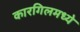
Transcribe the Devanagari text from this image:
कारगिलमध्ये